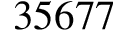
3 5 6 7 7